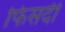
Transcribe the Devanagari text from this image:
फिसदी